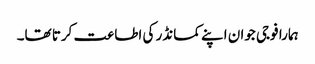
ہمارا فوجی جوان اپنے کمانڈر کی اطاعت کرتا تھا۔